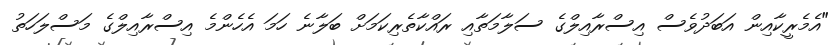
"އެމެރީކާއިން އަބަދުވެސް އިސްރާއިލްގެ ސަލާމަތާއި ރައްކާތެރިކަމަށް ބަލާނެ ހަމަ އެހެންމެ އިސްރާއިލްގެ މަސްލަހަތު